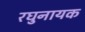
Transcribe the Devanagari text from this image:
रघुनायक